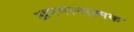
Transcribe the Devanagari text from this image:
अपमानात्मक